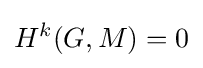
H^{k}(G,M)=0